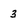
Character: 3